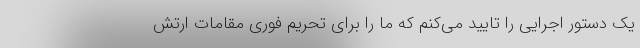
یک دستور اجرایی را تایید می‌کنم که ما را برای تحریم فوری مقامات ارتش